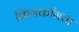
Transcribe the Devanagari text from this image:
किंगकाँगचा